NAE_kihelkonnakohtute_kirjad_ja_protokollid_1869-1889, lk 6
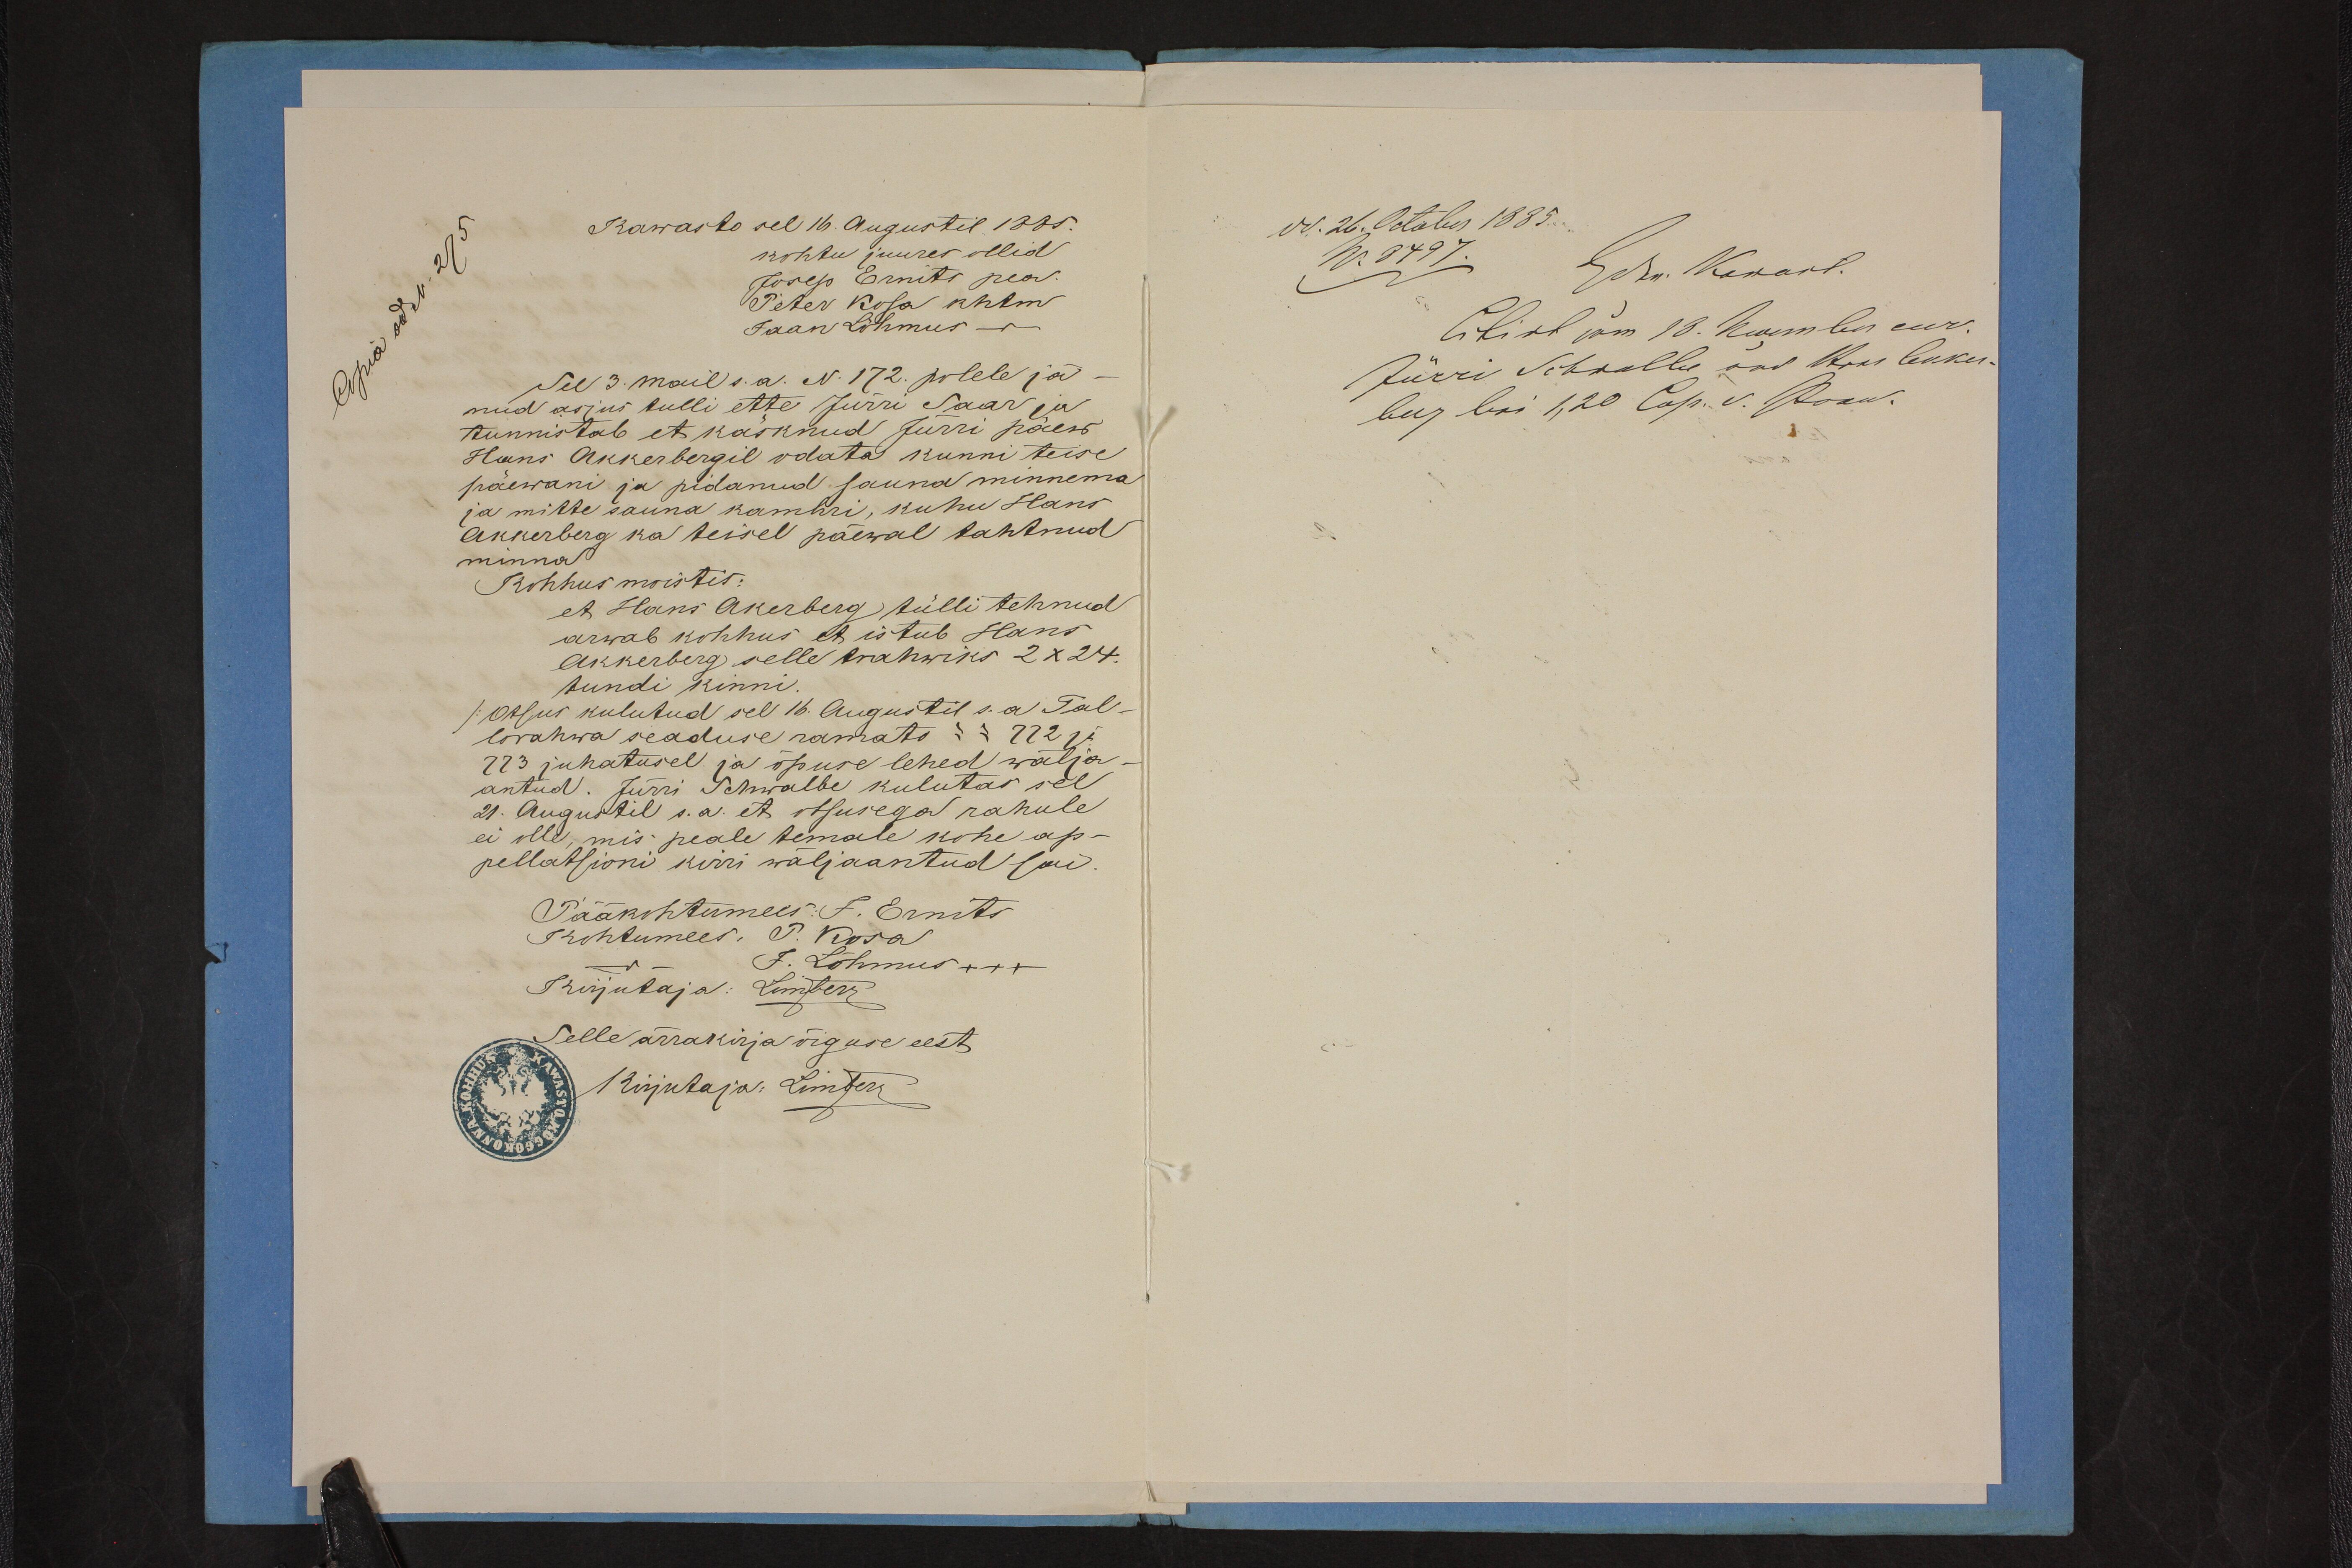
Kawasto sel 16. augustil 1885.
kohtu juures ollid
Josep Ernits pea.
Petev Kesa khtm
Jaan Lõhmus -
Sel 3. mail s.a. N. 172. polele jä-
nud asjus tulli ette Jürri Saar ja
tunnistab et käsknud Jürri päew
Hans Akkerbergil odata kunni teise
päewani ja pidanud sauna minnema.
ja mitte sauna kambri, kuhu Hans
Akkerberg ka teisel päewal tahtnud
minna
Kohhus moistis:
et Hans Akerberg tülli tehnud
arwab kohhus et istub Hans
Akkerberg selle trahwiks 2 X 24
tundi kinni.
/ Otsus kulutud sel 16. Augustil s.a Tal-
lorahwa seaduse ramato § § 772 ja
773 juhatusel ja õpuse lehed wälja
antud. Jürri Schwalbe kulutas sel
21. Augustil s.a. et otsusega rahule
ei olle, mis peale temale kohe ap-
pellatsioni kirri wäljaantud sai.